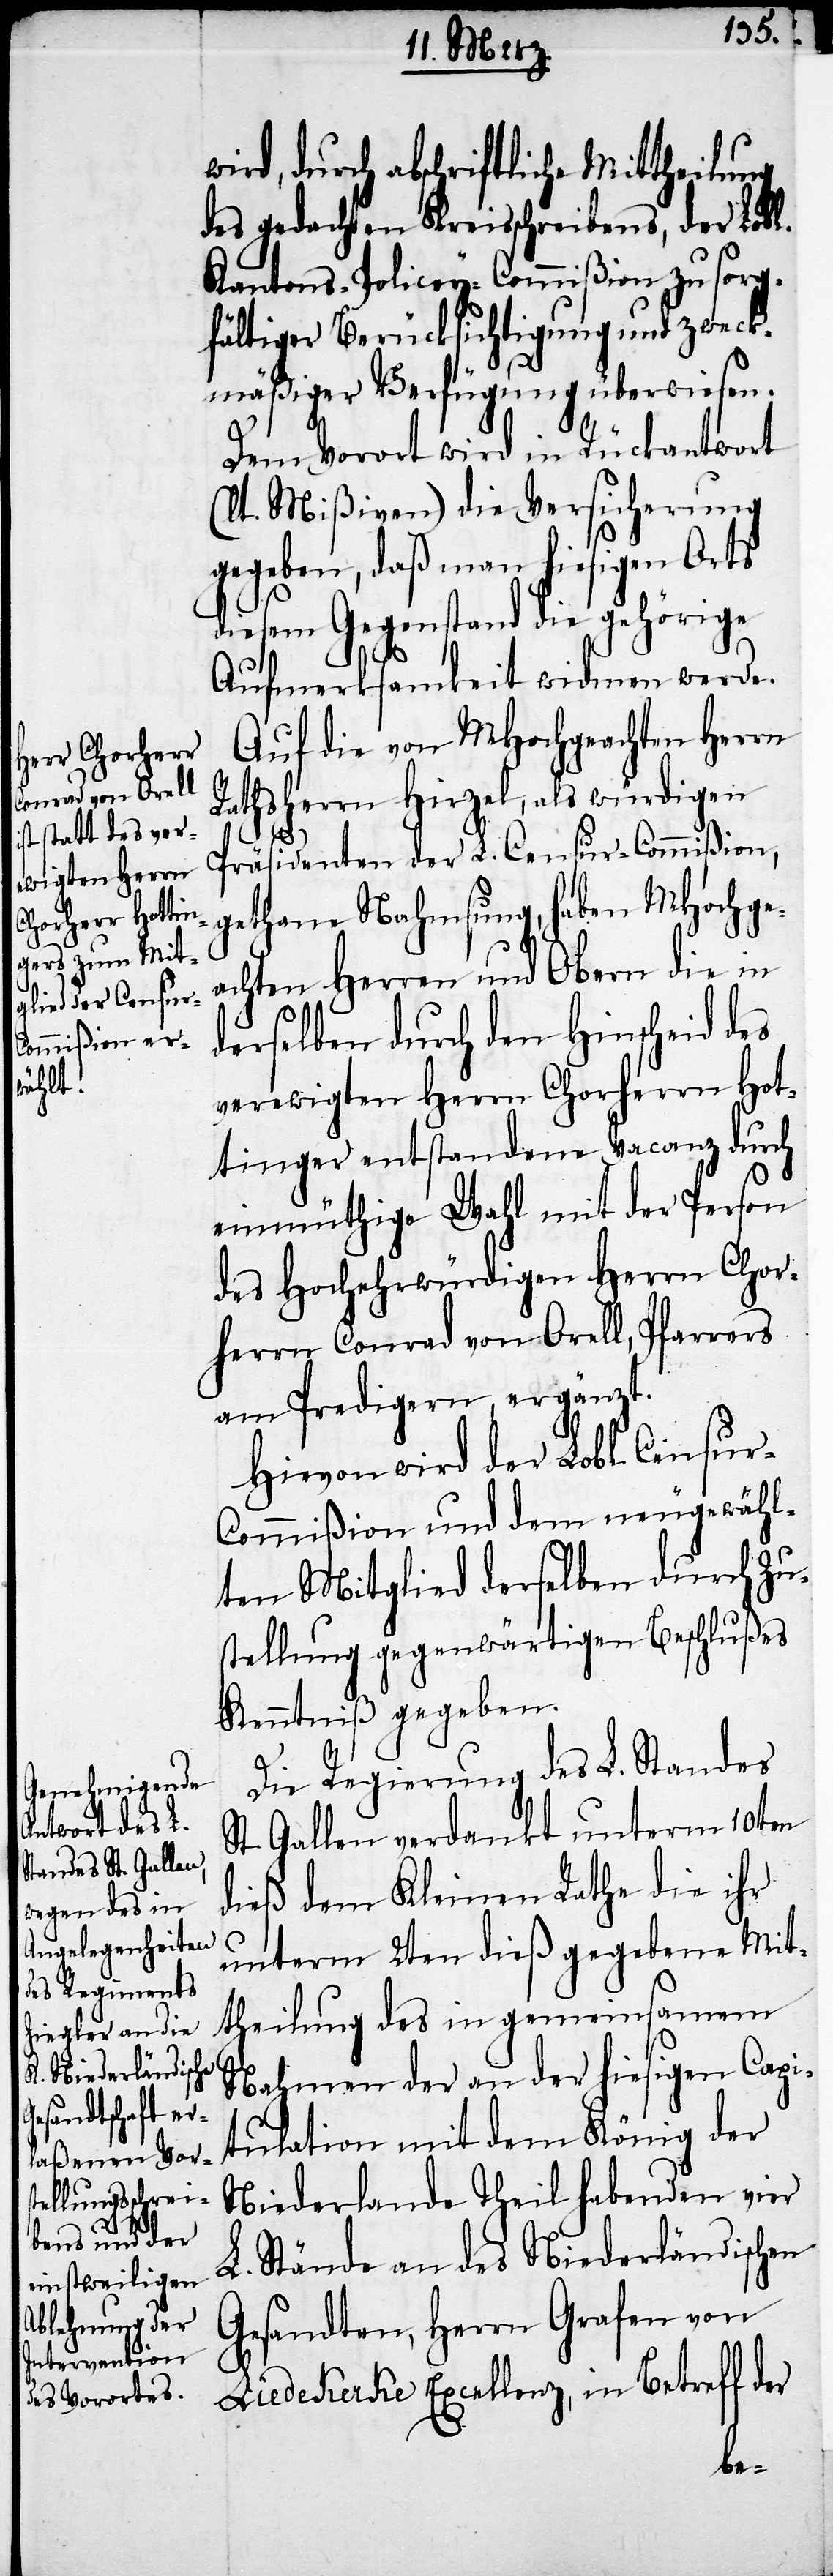
durch abschriftliche Mittheilung
des gedachten Kreisschreibens, der Lobl.
Kantons-Policey-Commißion zu sorg¬
fältiger Berücksichtigung und zweck¬
mäßiger Verfügung überwiesen.
Dem Vorort wird in Rückantwort
(lt. Mißiven) die Versicherung
gegeben, daß man hiesigen Orts
diesem Gegenstand die gehörige
Aufmerksamkeit widmen werde.
Auf die von MHochgeachten Herrn
Rathsherrn Hirzel, als würdigen
Präsidenten der L. Censur-Commißion,
gethane Nahmsung, haben MHochge¬
achten Herren und Obern die in
derselben durch den Hinscheid des
verewigten Herrn Chorherrn Hot¬
tinger entstandene Vacanz durch
einmüthige Wahl mit der Person
des Hochehrwürdigen Herrn Chor¬
herrn Conrad von Orell, Pfarrers
am Predigern, ergänzt.
Hievon wird der Lobl. Censur-C¬
ommißion und dem neugewähl¬
ten Mitglied derselben durch Zu¬
stellung gegewärtigen Beschlußes
Kenntniß gegeben
Die Regierung des L. Standes
St. Gallen verdankt unterm 10ten
dieß dem Kleinen Rathe die ihr
unterm 2ten dieß gegebene Mit¬
theilung des in gemeinsamen
Nahmen der an der hiesigen Capi¬
tulation mit dem König der
Niederlande Theil habenden vier
L. Stände an des Niederländischen
Gesandten, Herrn Grafen von
Liedekerke Excellenz, in Betreff der